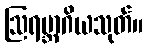
ဩရမ္ဘာဂိယသုတ်။